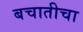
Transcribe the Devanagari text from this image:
बचातीचा